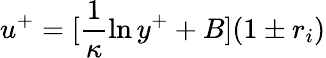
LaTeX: u^{+}=[\frac{1}{\kappa}\ln y^{+}+B](1\pm r_{i})